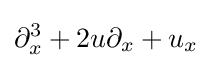
\partial _{x}^{3}+2u\partial _{x}+u_{x}